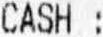
CASH :